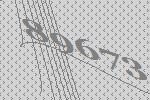
89673